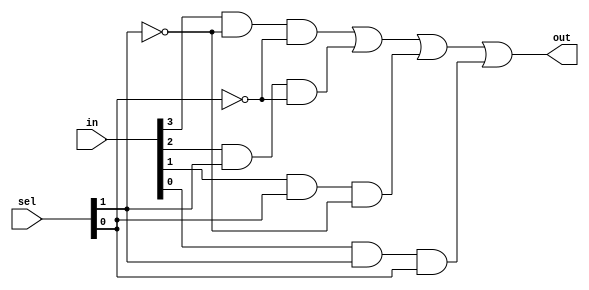
module mux4to1_gate(out, in , sel);
input [0:3] in;
input [0:1] sel;
output out;
wire a1, a2, a3, a4, n1, n2;

not (n1, sel[0]);
not (n2, sel[1]);

and (a1, in[0], n1, n2);
and (a2, in[1], sel[0], n2);
and (a3, in[2], sel[1], n1);
and (a4, in[3], sel[0], sel[1]);

or (out, a1, a2, a3, a4);
endmodule